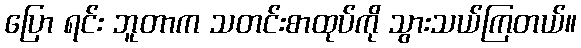
ပြော ရင်း ဘူတာက သတင်းစာထုပ်ကို သွားသယ်ကြတယ်။